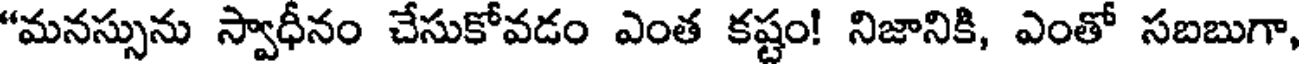
"మనస్సును స్వాధీనం చేసుకోవడం ఎంత కష్టం! నిజానికి, ఎంతో సబబుగా,